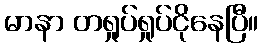
မာနာ တရှုပ်ရှုပ်ငိုနေပြီ။